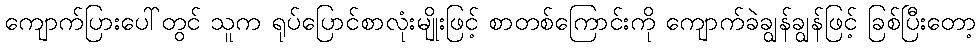
ကျောက်ပြားပေါ်တွင် သူက ရုပ်ပြောင်စာလုံးမျိုးဖြင့် စာတစ်ကြောင်းကို ကျောက်ခဲချွန်ချွန်ဖြင့် ခြစ်ပြီးတော့